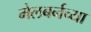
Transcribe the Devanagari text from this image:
मेलबर्नच्या